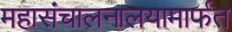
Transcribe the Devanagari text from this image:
महासंचालनालयामार्फत